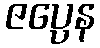
ဇပ္ပေန